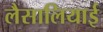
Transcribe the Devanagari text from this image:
लैसालियाई